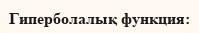
Гиперболалық функция: